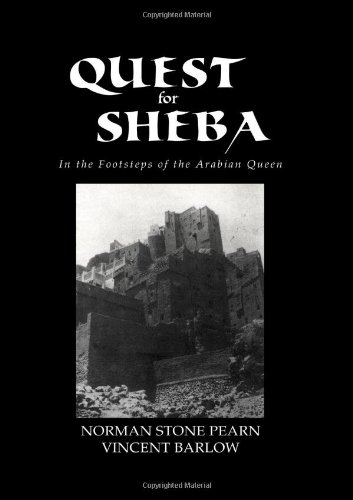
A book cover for Quest For Sheba (Kegan Paul Travellers Series); Pearn; Travel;